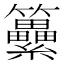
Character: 𥸕